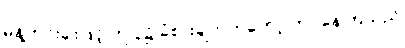
မုန့်ဟင်းခါးဖြင့် ဤပွဲ၌ ခံစားချက်ကတော့ ကုပ်နေကြသည်